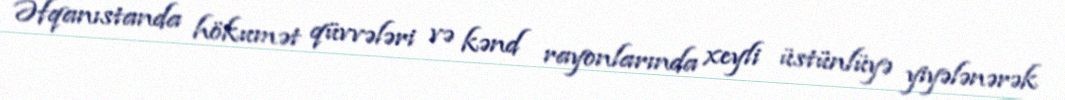
Əfqanıstanda hökumət qüvvələri və kənd rayonlarında xeyli üstünlüyə yiyələnərək